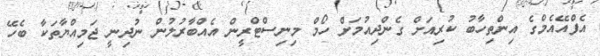
އެފްއޭއެމްގެ އިންތިހާބު ކުރިއަށް ގެންދިއުމަށް ހޯމް މިނިސްޓްރީން އެއްބާރުލުން ނުދިނީ ޖަމިއްޔާތަކާ ބެހޭ